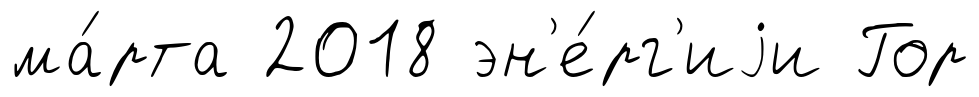
ма́рта 2018 эн'е́рг'иjи Гор